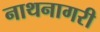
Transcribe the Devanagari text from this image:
नाथनागरी